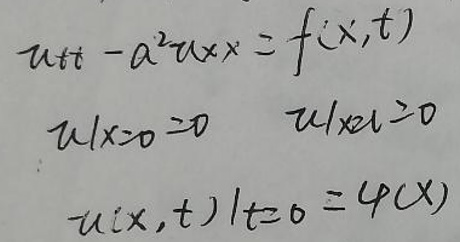
\begin{align*}
u_{tt}-a^{2}u_{xx}&=f(x,t)\\
u|_{x = 0}&=0\quad u|_{x = l}=0\\
u(x,t)|_{t = 0}&=\varphi(x)
\end{align*}